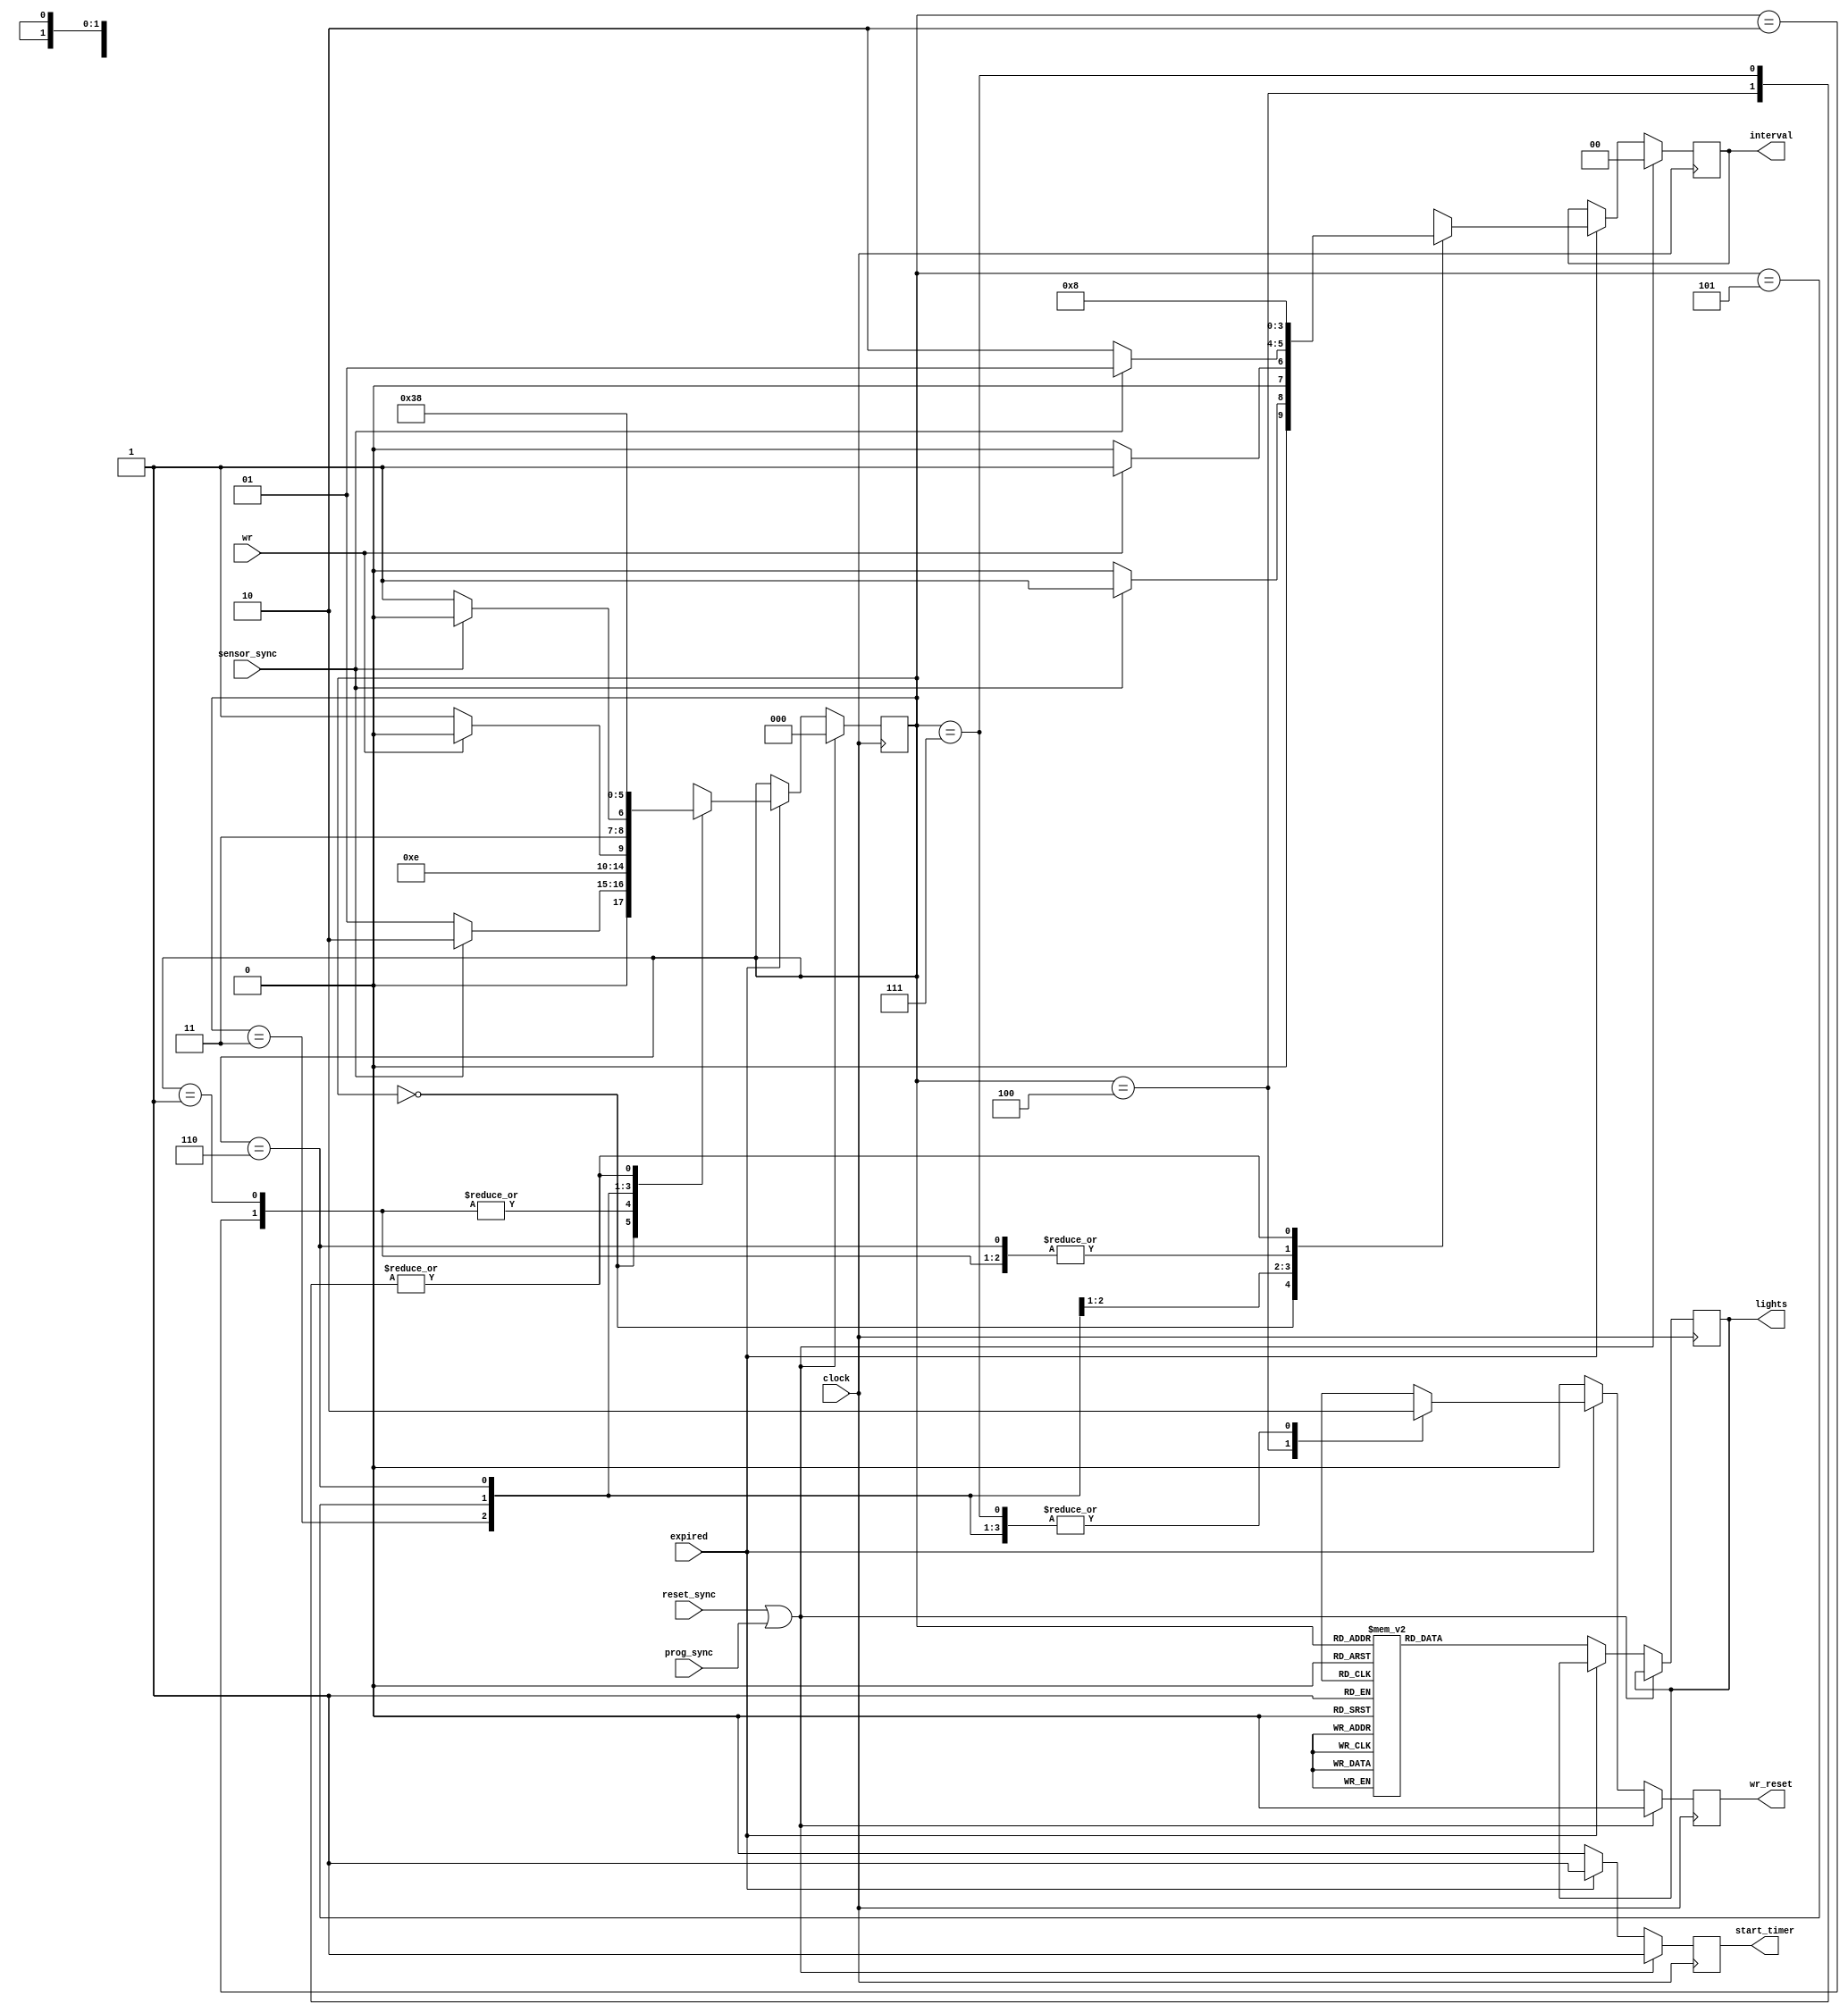
`timescale 1ns / 1ps
//////////////////////////////////////////////////////////////////////////////////
// Company: 
// Engineer: 
// 
// Design Name: 
// Module Name:    FSM 
// Project Name: 
// Target Devices: 
// Tool versions: 
// Description: 
//
// Dependencies: 
//
// Revision: 
// Revision 0.01 - File Created
// Additional Comments: 
//
//////////////////////////////////////////////////////////////////////////////////
module FSM(clock, reset_sync, sensor_sync, wr, prog_sync, expired, wr_reset, interval, start_timer, lights);
	input clock;
	input reset_sync;
	input sensor_sync;
	input wr;
	input prog_sync;
	input expired;
	output wr_reset;
	output[1:0] interval;
	output start_timer;
	output[6:0] lights;
	reg wr_reset;
	reg[1:0] interval = 2'b00; //the ID of the time selector is indicated. starting from base time.  
	reg start_timer;
	reg[6:0] lights = 7'b0011000; //each bit represents Rm,Ym,Gm, Rs,Gs,Ys, W. starting state is indecated here
	
	reg[2:0] state = 3'd0; //indicates the current state of the system. starting with state 0
	
	//the 8 states of the system
	parameter ms_green_initial = 0;		//the starting state by turning the green lights on
	parameter ms_green_no_traffic = 1;	//main street is green without traffic in side street
	parameter ms_green_traffic = 2;		//main street is green with traffic in the side street
	parameter ms_yellow = 3;				//main street is yellow
	parameter walk_lamp = 4;				//pedestrians cross the road
	parameter ss_green_initial = 5;		//side street is initially green
	parameter ss_green_traffic = 6;		//side street is green with side street traffic
	parameter ss_yellow = 7;				//side street is yellow
	
	
	parameter ID_base = 2'b00;				//the base interval 
	parameter ID_extended = 2'b01;
	parameter ID_yellow = 2'b10;
	
	always @(posedge clock)
		begin
			start_timer =0;
			wr_reset = 0;
			
			if(reset_sync || prog_sync)	//if there is a system reset or reprogramming request
				begin
					start_timer = 1;
					interval <= ID_base;
					state <= ms_green_initial;
				end
			else if(~expired)					//in normal operation and timer not expired
				begin
					case(state)
						ms_green_initial, ms_green_no_traffic, ms_green_traffic: //main street is green in any state
							lights <= 7'b0011000;    //the state of the lights 
						ms_yellow:  			//if main street is yellow
							lights <= 7'b0101000;
						walk_lamp:				//if pedestrains crossing the road
							lights <= 7'b1001001;
						ss_green_initial, ss_green_traffic:		//side street is green in any state
							lights <= 7'b1000010;
						ss_yellow:				//if the side street is yellow
							lights <= 7'b1000100;
					endcase
				end
			else                      //if expired in normal opearation  
				begin
					start_timer =1; //send this signal to timer
					case(state)
						ms_green_initial:
							begin
								if(sensor_sync) //if there's traffic in the side street
									begin
										interval <= ID_extended;  //change the remaining time to 3 seconds
										state <= ms_green_traffic;
									end
								else		//if no traffic sensored in the side street
									begin
										interval <= ID_base;
										state <= ms_green_no_traffic;
									end
							end
						ms_green_no_traffic, ms_green_traffic:
							begin
								interval <= ID_yellow;
								state <= ms_yellow;
							end
						ms_yellow:					
							begin
								if(wr)		//if pedestrail cross request in
									begin
										$display("Walk button pushed!");
										interval <= ID_extended;
										state <= walk_lamp;
									end
								else			//if no pending street crosings
									begin
										interval <= ID_base;
										state <= ss_green_initial;
									end
							end
						walk_lamp:		//the state where pedestrians cross the road
							begin
								interval <= ID_base;
								state <= ms_green_initial;
								wr_reset = 1;
							end
						ss_green_initial:
							begin
								if(sensor_sync)    //if there's still traffic on the side street
									begin
										interval <= ID_extended;
										state <= ss_green_traffic;
									end
								else						//if there's no traffic in the side street
									begin
										interval <= ID_yellow;
										state <= ss_yellow;
									end
							end
						ss_green_traffic:			//expired after side being green for extended time
							begin
								interval <= ID_yellow;
								state <= ss_yellow;
							end
						ss_yellow:
							begin
								interval <= ID_base;
								state <= ms_green_initial;
							end
					endcase
				end
		
		end
	
endmodule